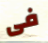
فى